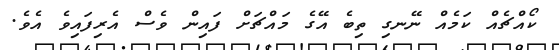
ކޯއްޗެއް ކަމެއް ނޭނގި ތިބެ އޭގެ މައްޗަށް ފައިން ވެސް އެރިފައިވެ އެވެ.